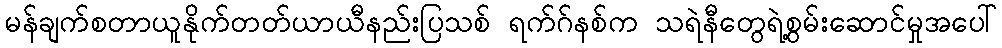
မန်ချက်စတာယူနိုက်တတ်ယာယီနည်းပြသစ် ရက်ဂ်နစ်က သရဲနီတွေရဲ့စွမ်းဆောင်မှုအပေါ်